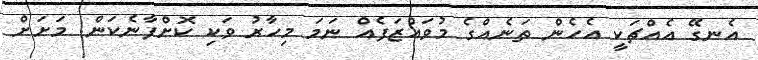
އެނގޭ އެއްޗަކީ އެހެން ތަނެއްގެ މުވައްޒަފެއް ނަމަ މިހާރު ވަކި ކޮށްފާނެކަން. މަށަށް